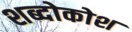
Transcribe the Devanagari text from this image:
शब्दोकोश